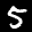
Label: 5